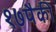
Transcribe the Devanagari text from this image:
१७पैकी